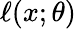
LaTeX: \ell(x;\theta)